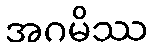
အဂမိဿ